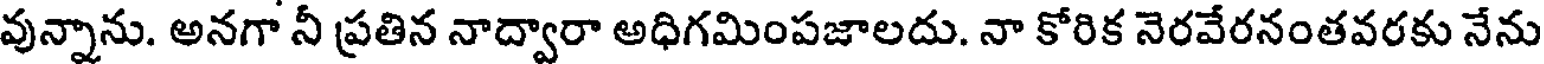
వున్నాను. అనగా నీ ప్రతిన నాద్వారా అధిగమింపజాలదు. నా కోరిక నెరవేరనంతవరకు నేను